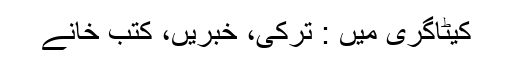
کیٹاگری میں : ترکی، خبریں، کتب خانے